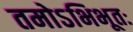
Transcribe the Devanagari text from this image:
तमोऽभिभूतः